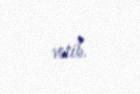
verib.